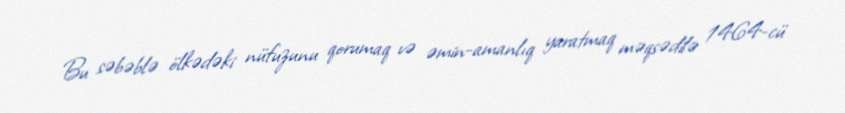
Bu səbəblə ölkədəki nüfuzunu qorumaq və əmin-amanlıq yaratmaq məqsədilə 1464-cü